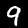
Digit: 9